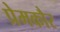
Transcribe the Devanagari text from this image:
प्रेमकौर